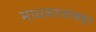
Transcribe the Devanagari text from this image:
माधवरावांकडून